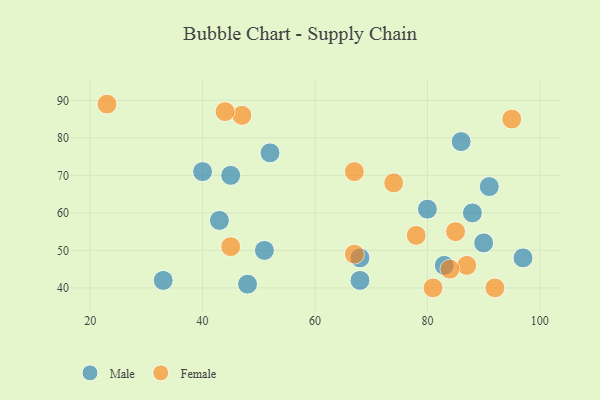
{"axis": {"x": "GDP", "y": "Life Expectancy"}, "legend": ["Female", "Male"], "data": [{"x": "40", "y": 71, "type": "Male"}, {"x": "43", "y": 58, "type": "Male"}, {"x": "33", "y": 42, "type": "Male"}, {"x": "80", "y": 61, "type": "Male"}, {"x": "45", "y": 70, "type": "Male"}, {"x": "51", "y": 50, "type": "Male"}, {"x": "90", "y": 52, "type": "Male"}, {"x": "48", "y": 41, "type": "Male"}, {"x": "97", "y": 48, "type": "Male"}, {"x": "68", "y": 42, "type": "Male"}, {"x": "88", "y": 60, "type": "Male"}, {"x": "91", "y": 67, "type": "Male"}, {"x": "83", "y": 46, "type": "Male"}, {"x": "52", "y": 76, "type": "Male"}, {"x": "68", "y": 48, "type": "Male"}, {"x": "86", "y": 79, "type": "Male"}, {"x": "85", "y": 55, "type": "Female"}, {"x": "92", "y": 40, "type": "Female"}, {"x": "95", "y": 85, "type": "Female"}, {"x": "45", "y": 51, "type": "Female"}, {"x": "23", "y": 89, "type": "Female"}, {"x": "74", "y": 68, "type": "Female"}, {"x": "87", "y": 46, "type": "Female"}, {"x": "81", "y": 40, "type": "Female"}, {"x": "47", "y": 86, "type": "Female"}, {"x": "78", "y": 54, "type": "Female"}, {"x": "84", "y": 45, "type": "Female"}, {"x": "44", "y": 87, "type": "Female"}, {"x": "67", "y": 71, "type": "Female"}, {"x": "67", "y": 49, "type": "Female"}]}